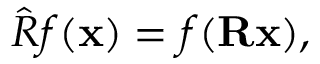
\hat { R } f ( \mathbf { x } ) = f ( \mathbf { R } \mathbf { x } ) ,